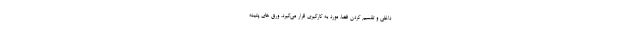
داخلی و تقسیم کردن فضا، مورد به کارگیری قرار می‌گیرد. ورق هاي پتينه